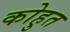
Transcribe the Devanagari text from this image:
कोहुत